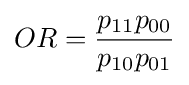
OR={\frac {p_{11}p_{00}}{p_{10}p_{01}}}